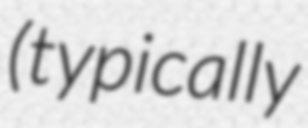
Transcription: (typically